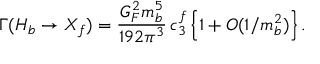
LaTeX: \Gamma ( H _ { b } \to X _ { f } ) = { \frac { G _ { F } ^ { 2 } m _ { b } ^ { 5 } } { 1 9 2 \pi ^ { 3 } } } \, c _ { 3 } ^ { f } \, \Big \{ 1 + O ( 1 / m _ { b } ^ { 2 } ) \Big \} \, .